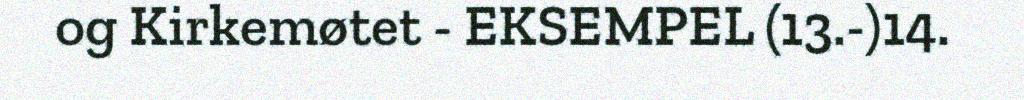
og Kirkemøtet - EKSEMPEL (13.-)14.